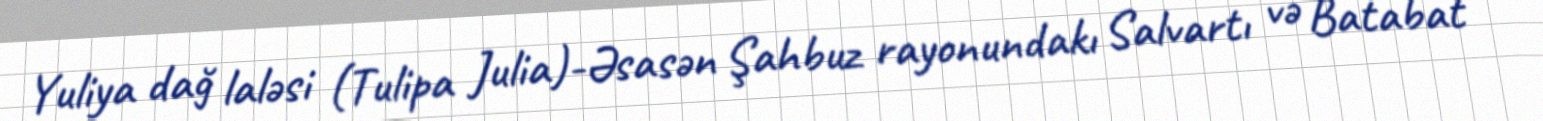
Yuliya dağ laləsi (Tulipa Julia)-Əsasən Şahbuz rayonundakı Salvartı və Batabat